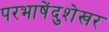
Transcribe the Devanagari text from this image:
परभाषेंदुशेखर